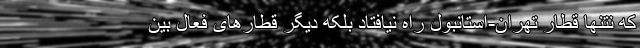
که نتنها قطار تهران-استانبول راه نیافتاد بلکه دیگر قطارهای فعال بین